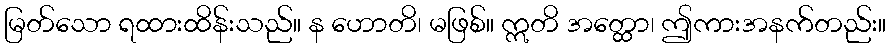
မြတ်သော ရထားထိန်းသည်။ န ဟောတိ၊ မဖြစ်။ ဣတိ အတ္ထော၊ ဤကားအနက်တည်း။